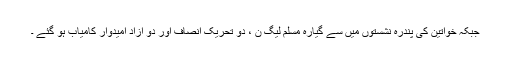
جبکہ خواتین کی پندرہ نشستوں میں سے گیارہ مسلم لیگ ن ، دو تحریک انصاف اور دو آزاد امیدوار کامیاب ہو گئے ۔